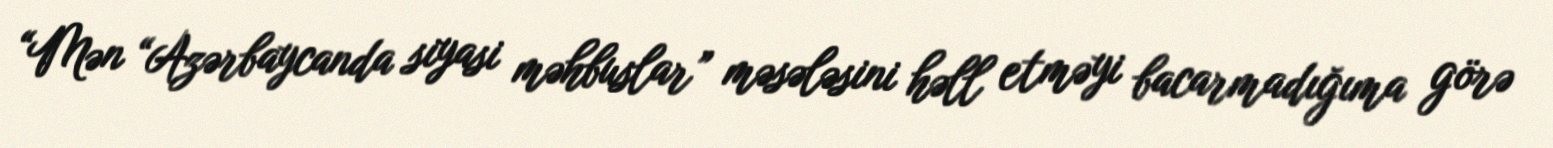
“Mən “Azərbaycanda siyasi məhbuslar” məsələsini həll etməyi bacarmadığıma görə